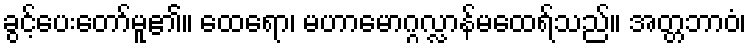
ခွင့်ပေးတော်မူ၏။ ထေရော၊ မဟာမောဂ္ဂလ္လာန်မထေရ်သည်။ အတ္တဘာဝံ၊